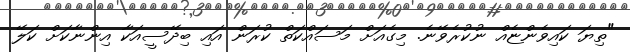
"ތިޔަ ކައިވެންޏެއް ނުކުރެވޭނެ. މިގެއަށް މަސައްކަތް ކުރަން އައި ބިދޭސީއަކާ އިންނާކަށް ކަލޭ